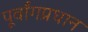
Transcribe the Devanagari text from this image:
पूर्वांगप्रधान